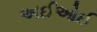
અઈઓઈ